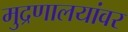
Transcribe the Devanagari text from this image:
मुद्रणालयांवर